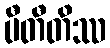
ပီတီတိဿ